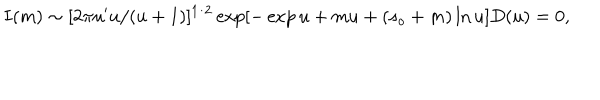
I ( m ) \sim [ 2 \pi u ^ { \prime } u / ( u + 1 ) ] ^ { 1 / 2 } \exp [ - \exp u + m u + ( s _ { o } + m ) \ln u ] D ( u ) = 0 ,